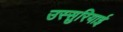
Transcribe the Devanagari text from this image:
उस्सुरियाई